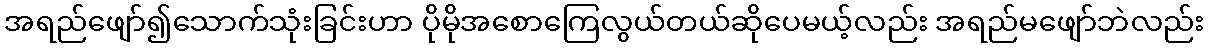
အရည်ဖျော်၍သောက်သုံးခြင်းဟာ ပိုမိုအစောကြေလွယ်တယ်ဆိုပေမယ့်လည်း အရည်မဖျော်ဘဲလည်း